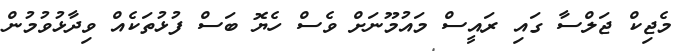
މެޖިކް ޖަލްސާ ގައި ރައީސް މައުމޫނަށް ވެސް ހެޔޮ ބަސް ފުޅުތަކެއް ވިދާޅުވުމުން